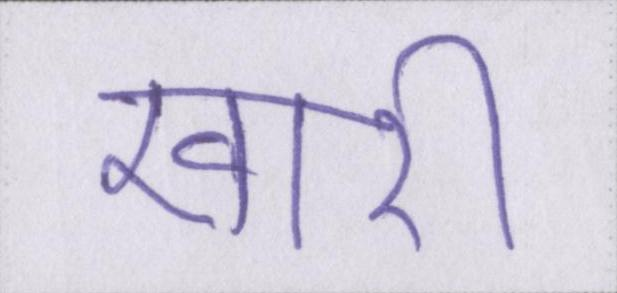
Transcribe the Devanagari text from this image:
खारी